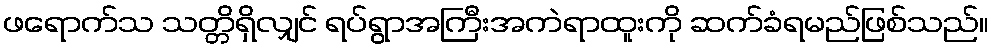
ဖရောက်သ သတ္တိရှိလျှင် ရပ်ရွာအကြီးအကဲရာထူးကို ဆက်ခံရမည်ဖြစ်သည်။